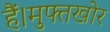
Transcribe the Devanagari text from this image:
हैं।मुफ्तखोर